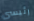
رئيسى